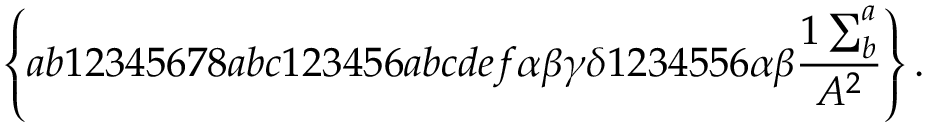
\left\{ a b 1 2 3 4 5 6 7 8 a b c 1 2 3 4 5 6 a b c d e f \alpha \beta \gamma \delta 1 2 3 4 5 5 6 \alpha \beta \frac { 1 \sum _ { b } ^ { a } } { A ^ { 2 } } \right\} .